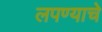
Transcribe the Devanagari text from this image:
लपण्याचे